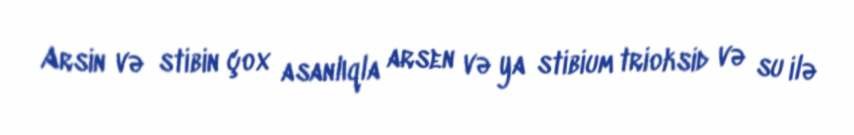
Arsin və stibin çox asanlıqla arsen və ya stibium trioksid və su ilə